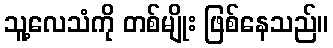
သူ့လေသံကို တစ်မျိုး ဖြစ်နေသည်။